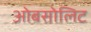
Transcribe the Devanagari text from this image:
ओबसोलिट